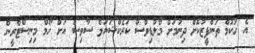
އެ ހުކުމް ތަންފީޒުކޮށް ދިނުމަށް މޯލްޑިވްސް ކަރެކްޝަނަލް ސާވިސް އަށް ހޯމް މިނިސްޓްރީން